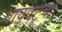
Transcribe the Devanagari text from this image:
धावपटूचा